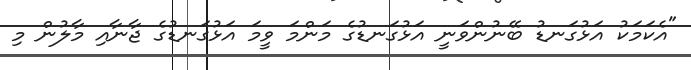
"އެކަމަކު އަޅުގަނޑު ބޭނުންވަނީ އަޅުގަނޑުގެ މަންމަ ވީމަ އަޅުގަނޑުގެ ޖާނާއި މާލުން މި